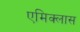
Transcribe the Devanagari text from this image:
एमिक्लास